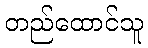
တည်ထောင်သူ